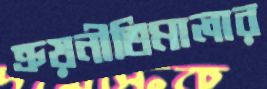
ক্রয়নীতিমালার